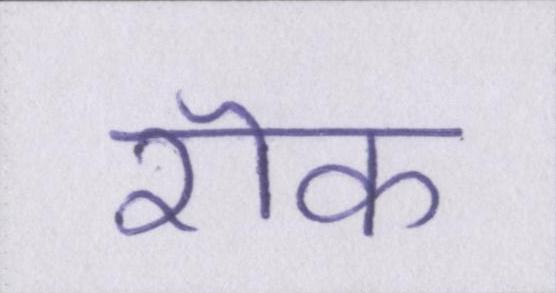
रॊक